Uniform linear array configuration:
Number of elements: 48
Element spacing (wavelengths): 1
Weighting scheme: blackman
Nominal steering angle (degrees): -60
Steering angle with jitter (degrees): -58.64
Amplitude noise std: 0.05
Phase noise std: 0.05

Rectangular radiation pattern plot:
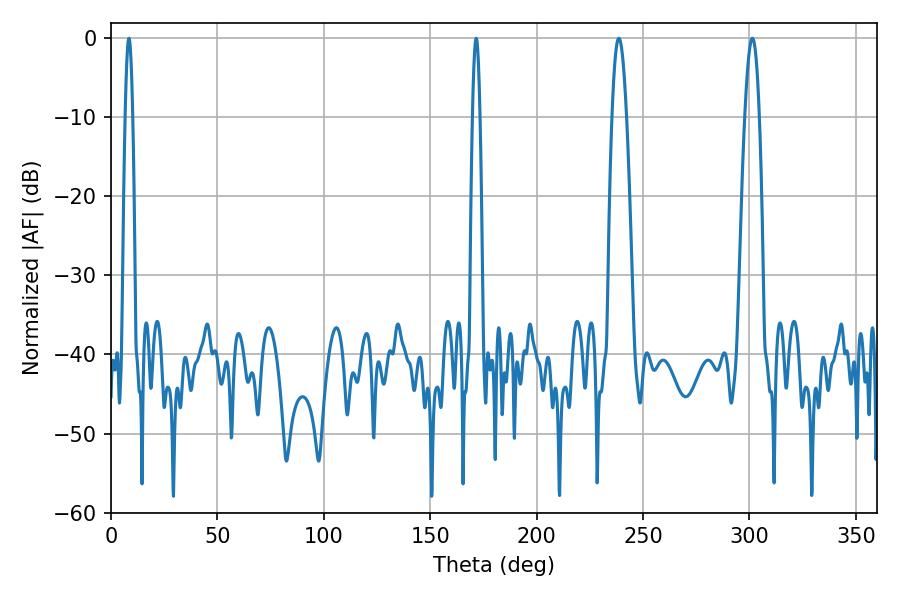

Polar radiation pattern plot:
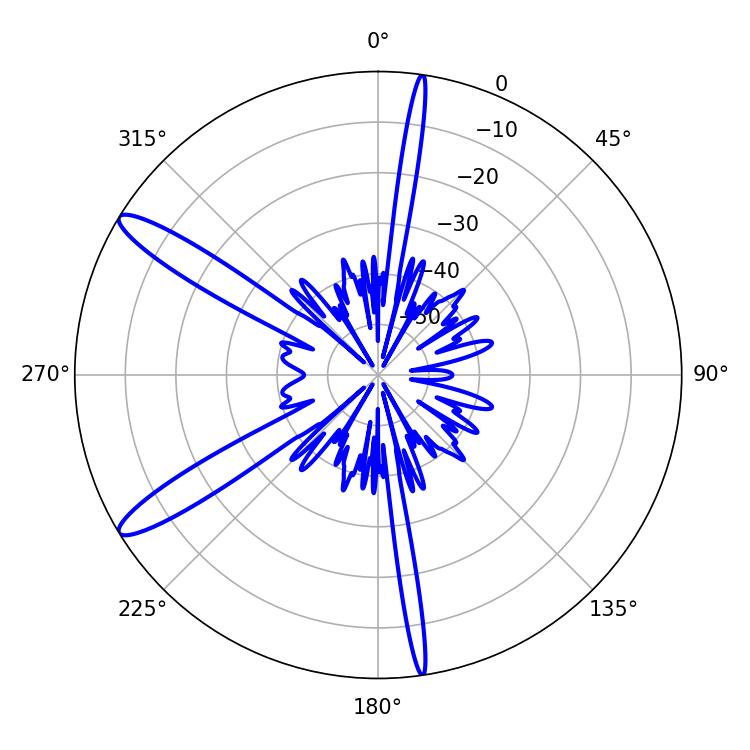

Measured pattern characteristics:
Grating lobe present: TRUE
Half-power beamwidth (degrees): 3.6
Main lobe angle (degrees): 238.68